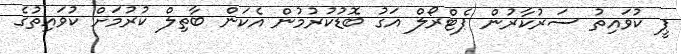
ޕީ ކުވައިތު ސަރުކާރުން ޕެޓްރޯލް އަގު ބޮޑުކުރުމުން އެކަން ބާތިލް ކުރުމަށް ކުވައިތުގެ